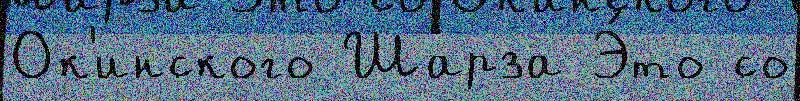
Ок'инского Шарза Э́то со